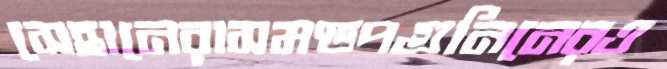
সেহানেরাসমণ্ডপগুনিনেরও